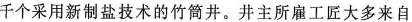
千个采用新制盐技术的竹筒井。井主所雇工匠大多来自